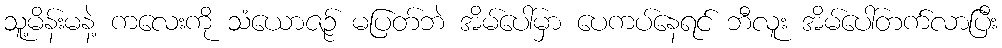
သူ့မိန်းမနဲ့ ကလေးကို သံယောဇဉ် မပြတ်ဘဲ အိမ်ပေါ်မှာ ပေကပ်နေရင် ဘီလူး အိမ်ပေါ်တက်လာပြီး